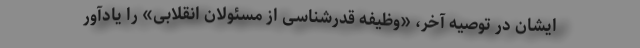
ایشان در توصیه آخر، «وظیفه قدرشناسی از مسئولان انقلابی» را یادآور